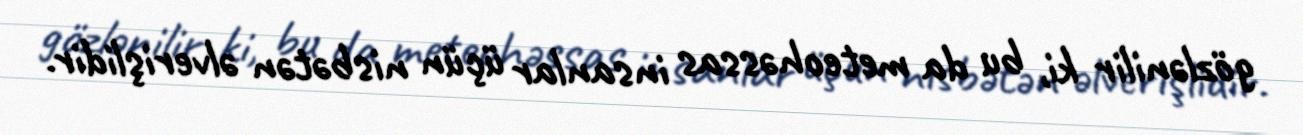
gözlənilir ki, bu da meteohəssas insanlar üçün nisbətən əlverişlidir.